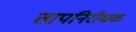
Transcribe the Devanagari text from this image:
तापनिरोधक